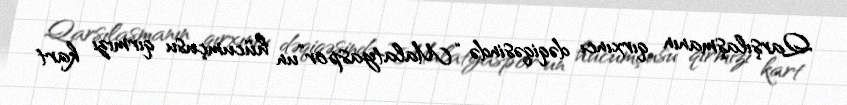
Qarşılaşmanın qırxıncı dəqiqəsində “Malatyaspor”un hücumçusu qırmızı kart